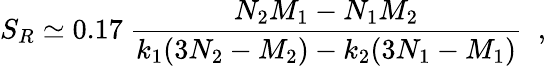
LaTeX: S_{R}\simeq 0.17\ \frac{N_{2}M_{1}-N_{1}M_{2}}{k_{1}(3N_{2}-M_{2})-k_{2}(3N_{1}-M_{1})}\; \; ,